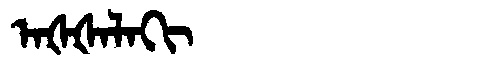
Manchu: ᠠᡧᡧᠠᠯᠠᡴᡳ
Romanization: AŠŠALAKI